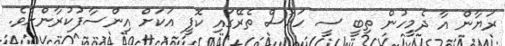
ރަޔާން އާ ދެމީހުން ތިބީ ސީ ހައުސް ތެރޭގައި ކޮފީ އަކަށް އިންސާފުކުރާންށެވެ.